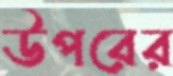
উপরের